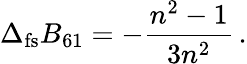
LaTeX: \Delta_{\mathrm{fs}}B_{\mathrm 61}=-\frac{n^{2}-1}{3n^{2}}\, .